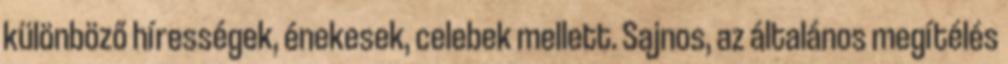
különböző hírességek, énekesek, celebek mellett. Sajnos, az általános megítélés